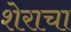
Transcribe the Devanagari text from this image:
शेराचा